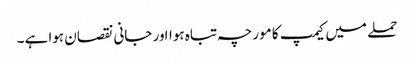
حملے میں کیمپ کا مورچہ تباہ ہوااور جانی نقصان ہوا ہے۔